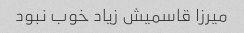
میرزا قاسمیش زیاد خوب نبود